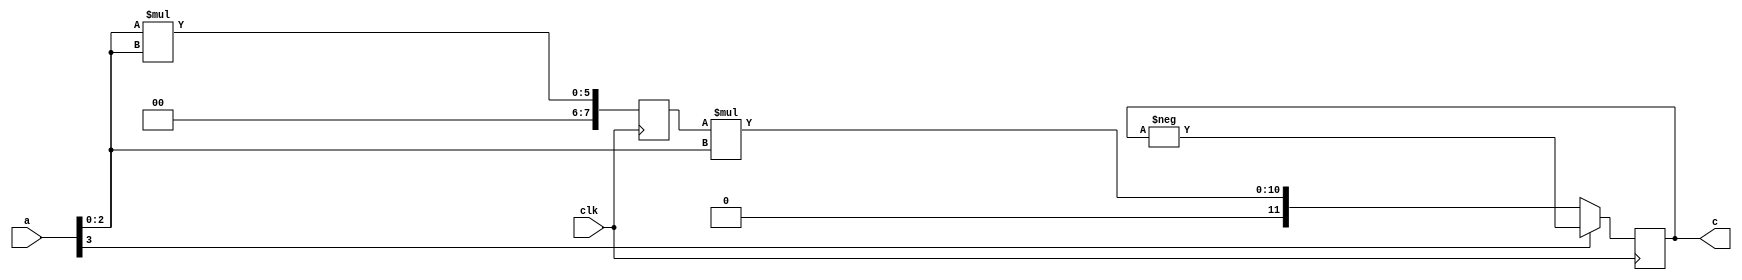
`timescale 1ns / 1ps

module test_ex1 (
                  input clk,
                  input signed [3:0] a,
                  output reg signed [11:0] c
                  );

   reg [7:0]                  y;

   always @(posedge clk) begin 
        y <= a[2:0]*a[2:0];
        c  <= y*a[2:0];
        if (a[3])
        c <= -c;

   end

endmodule

module test_ex1_tb();

reg clk,rst;
reg signed [3:0] a;
wire signed [11:0] c;

test_ex1 tb(
    .clk(clk),
    .a(a),
    .c(c)
);

    initial begin
    $dumpfile("dump.vcd");
    $dumpvars();
    rst = 1;
    clk = 1;  
    a = 2;
    #40
    rst = 0;
    #400;
    a = -(10'd2);
    #400;
    $finish;
   end

   always #10 clk = ~clk;

endmodule